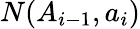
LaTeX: N(A_{i-1},a_{i})